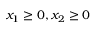
x _ { 1 } \geq 0 , x _ { 2 } \geq 0